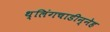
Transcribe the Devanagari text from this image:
थ्लिंगचाडीन्नेह